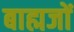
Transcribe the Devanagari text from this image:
बाह्मजों